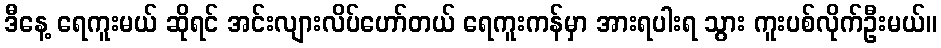
ဒီနေ့ ရေကူးမယ် ဆိုရင် အင်းလျားလိပ်ဟော်တယ် ရေကူးကန်မှာ အားရပါးရ သွား ကူးပစ်လိုက်ဦးမယ်။